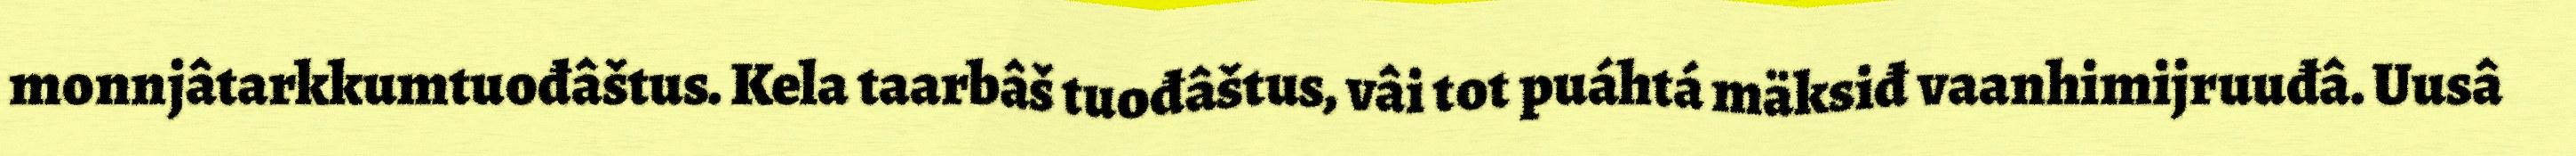
monnjâtarkkumtuođâštus. Kela taarbâš tuođâštus, vâi tot puáhtá mäksiđ vaanhimijruuđâ. Uusâ